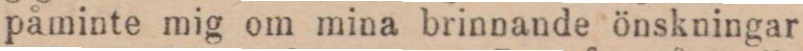
påminte mig om mina brinnande önskningar